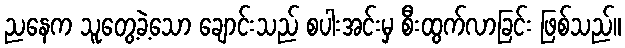
ညနေက သူတွေ့ခဲ့သော ချောင်းသည် စပါးအင်းမှ စီးထွက်လာခြင်း ဖြစ်သည်။